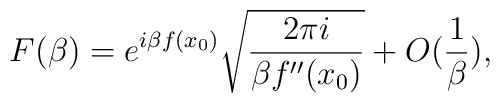
F(\beta )=e^{i\beta f(x_{0})}\sqrt{\frac{2\pi i}{\beta f''(x_{0})}}+O(\frac{1}{\beta }),